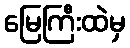
မြေကြီးထဲမှ